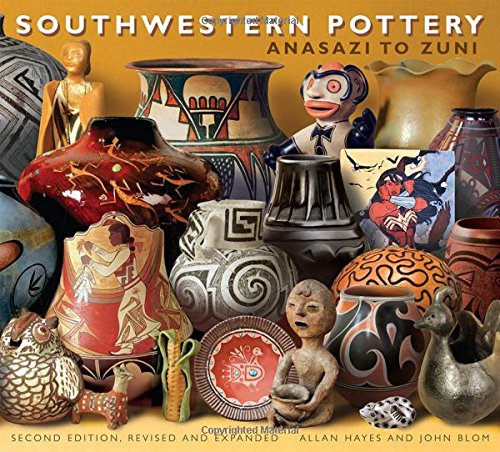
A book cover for Southwestern Pottery: Anasazi to Zuni; Allan Hayes; Crafts, Hobbies & Home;